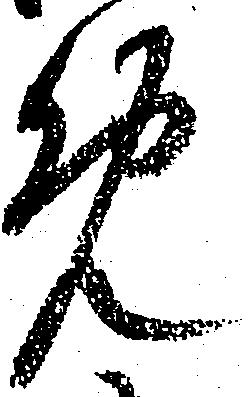
免